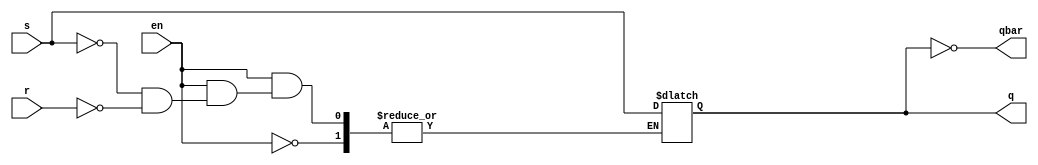
module sr_latch(
  input s,
  input r,
  input en,
  output reg q,
  output qbar);
  initial
    q=0;
  always @(en or s or r)
    begin
      if(en==0)
        q=q;
      
      else if(s==0 && r==0)
        q=q;
      else if(s==1 && r==1)
        q=1'bx;
      else 
        q=s;
    end
  assign qbar=~q;
endmodule